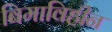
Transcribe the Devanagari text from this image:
बिमाविहीन